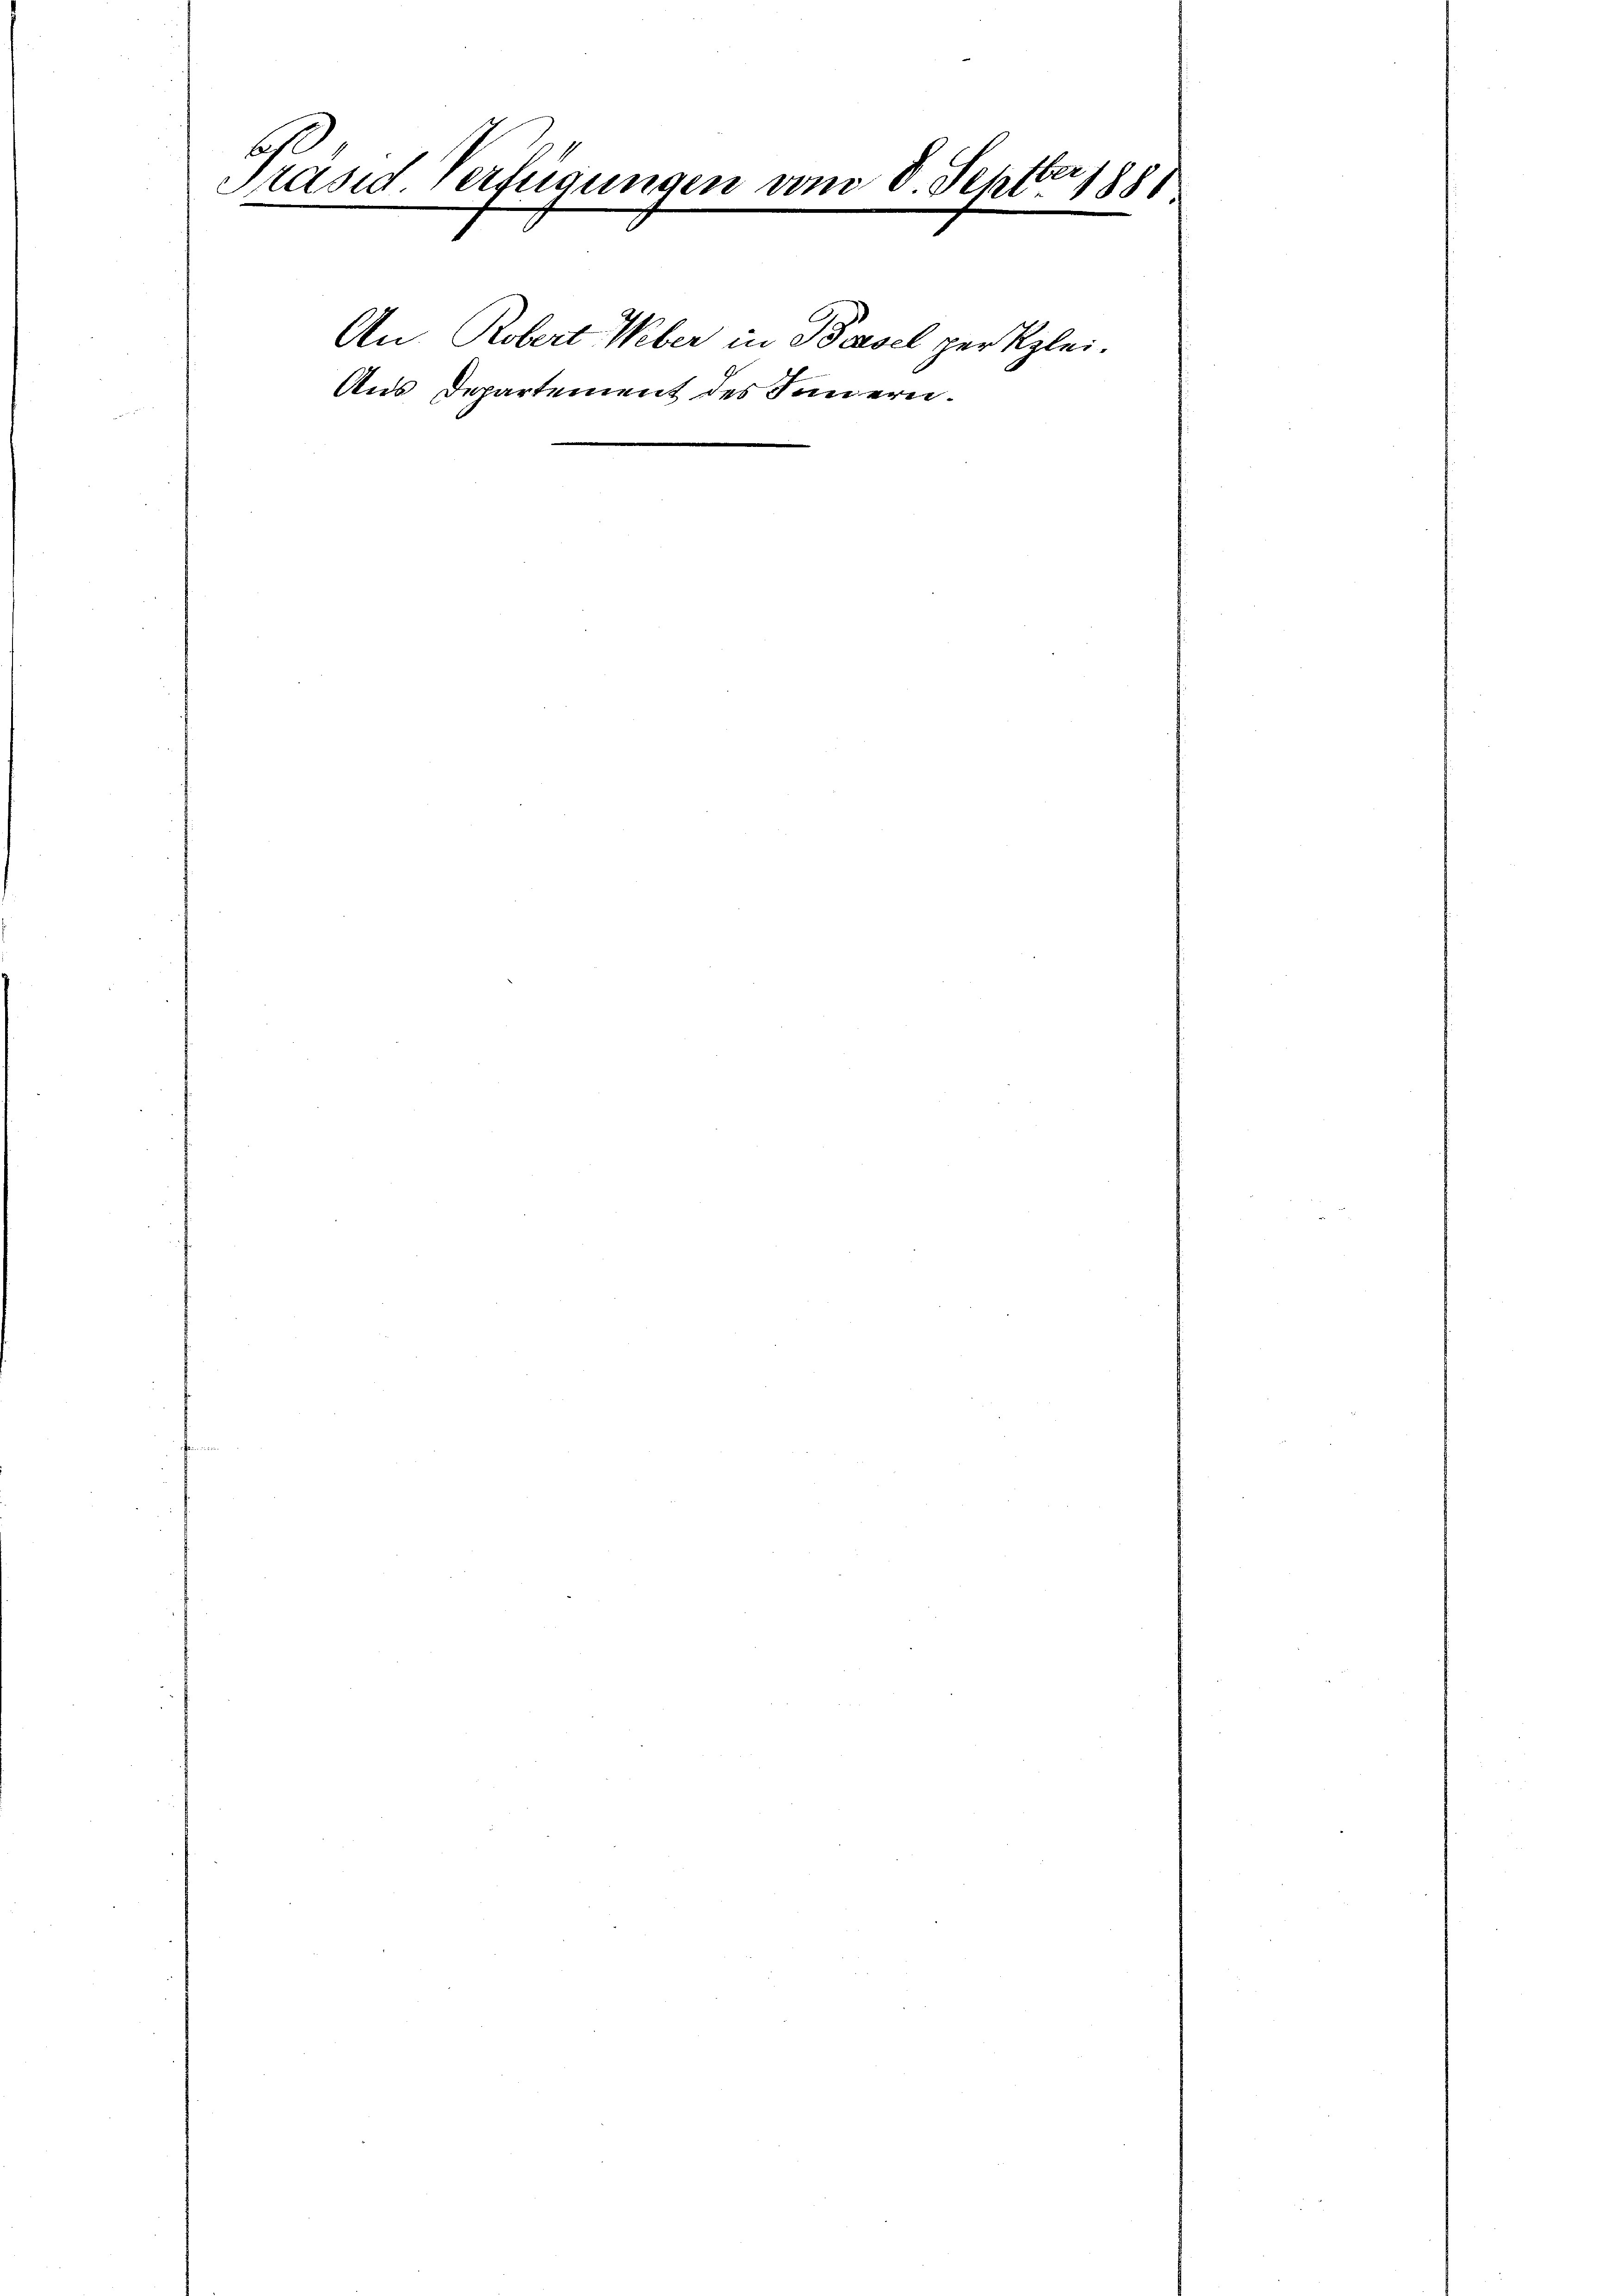
bh
Präsid. Verfügungen vom 8. Septbr 1881
An Robert Weber in Basel per Klei¬
Aus Departement des Innern.